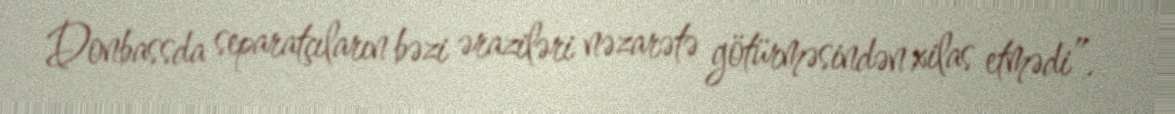
Donbassda separatçıların bəzi əraziləri nəzarətə götürməsindən xilas etmədi”.